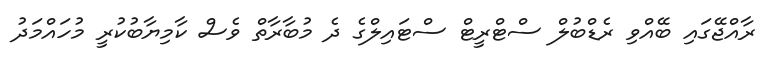
ރާއްޖޭގައި ބޭއްވި ރެޑްބުލް ސްޓްރީޓް ސްޓައިލްގެ ދެ މުބާރާތް ވެސް ކާމިޔާބުކުރީ މުހައްމަދު